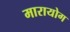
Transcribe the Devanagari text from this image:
मारायोग